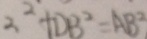
2 ^ { 2 } + D B ^ { 2 } = A B ^ { 2 }